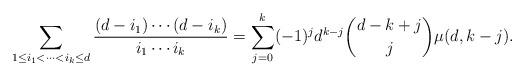
LaTeX: \begin{align*}\sum_{1\leq i_1<\dots<i_k\leq d}\frac{(d-i_1)\cdots(d-i_k)}{i_1\cdots i_k}=\sum_{j=0}^{k}(-1)^j d^{k-j}\binom{d-k+j}{j}\mu(d,k-j).\end{align*}